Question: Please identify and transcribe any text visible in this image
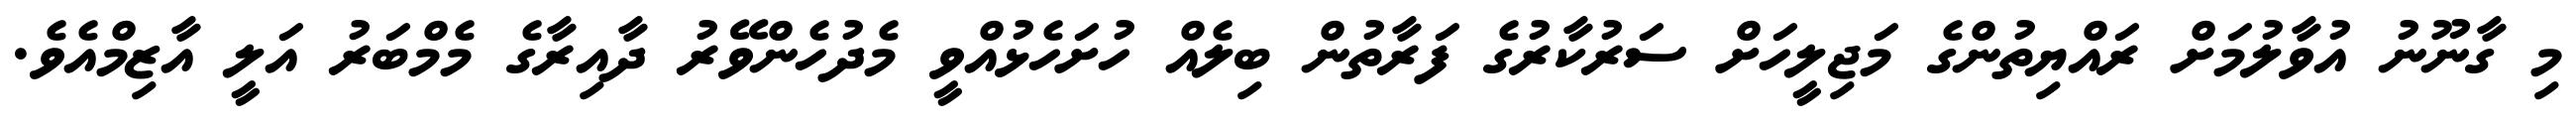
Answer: މި ގާނޫނު އުވާލުމަށް ރައްޔިތުންގެ މަޖިލީހަށް ސަރުކާރުގެ ފަރާތުން ބިލެއް ހުށަހެޅުއްވީ މެދުހެންވޭރު ދާއިރާގެ މެމްބަރު އަލީ އާޒިމްއެވެ.